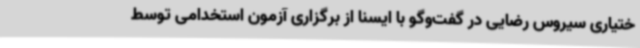
ختیاری سیروس رضایی در گفت‌وگو با ایسنا از برگزاری آزمون استخدامی توسط